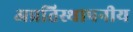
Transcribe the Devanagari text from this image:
अप्रतिस्थापनीय